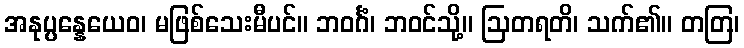
အနုပ္ပန္နေယေဝ၊ မဖြစ်သေးမီပင်။ ဘဝင်္ဂံ၊ ဘဝင်သို့။ ဩတရတိ၊ သက်၏။ တတြ၊